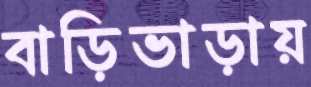
বাড়িভাড়ায়